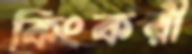
কিংকরী